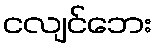
ငလျင်ဘေး